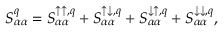
S _ { \alpha \alpha } ^ { q } = S _ { \alpha \alpha } ^ { \uparrow \uparrow , q } + S _ { \alpha \alpha } ^ { \uparrow \downarrow , q } + S _ { \alpha \alpha } ^ { \downarrow \uparrow , q } + S _ { \alpha \alpha } ^ { \downarrow \downarrow , q } ,